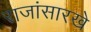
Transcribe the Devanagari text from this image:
राजांसारखे